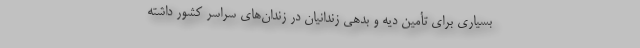
بسیاری برای تأمین دیه و بدهی زندانیان در زندان‌های سراسر کشور داشته